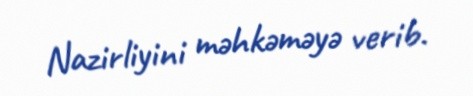
Nazirliyini məhkəməyə verib.